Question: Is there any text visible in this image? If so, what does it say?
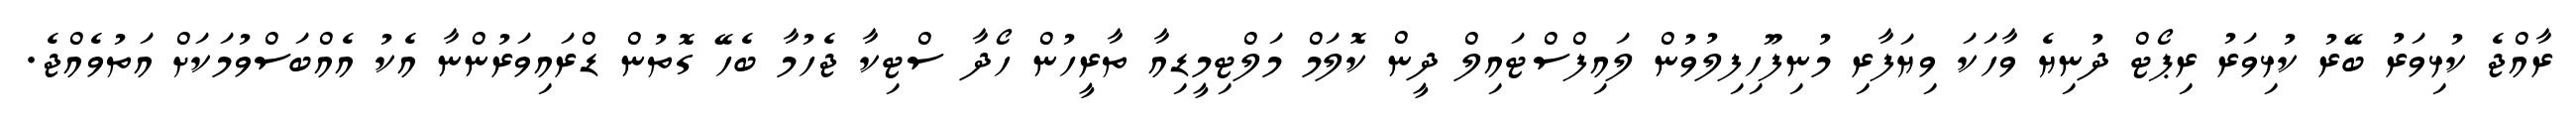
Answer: ރާއްޖެ ކުޅިވަރު ބޭރު ކުޅިވަރު ރިޕޯޓް ދުނިޔެ ވާހަކަ ވިޔަފާރި މުނިފޫހިފިލުވުން ލައިފްސްޓައިލް ދީން ކޮލަމް މަލްޓިމީޑިއާ ތާރީހުން ހޯދާ ސްޓިކާ ޖެހުމާ ބެހޭ ގޮތުން ޑްރައިވަރުންނާ އެކު އެއްބަސްވުމަކަށް އަތުވެއްޖެ.